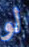
لو